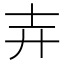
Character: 𮰰